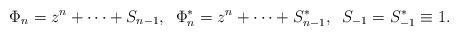
\begin{align*}\Phi_{n}=z^{n}+\cdots+S_{n-1},\;\;\Phi_{n}^{*}=z^{n}+\cdots+S_{n-1}^{*},\;\;S_{-1}=S_{-1}^{*}\equiv 1.\end{align*}